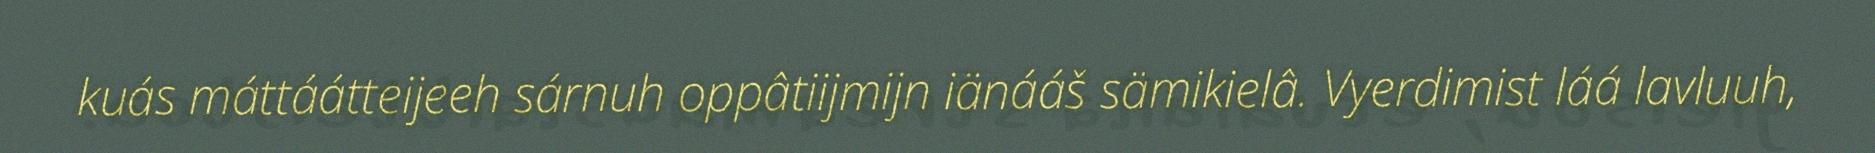
kuás máttáátteijeeh sárnuh oppâtiijmijn iänááš sämikielâ. Vyerdimist láá lavluuh,